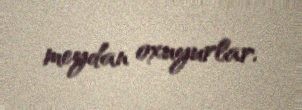
meydan oxuyurlar.